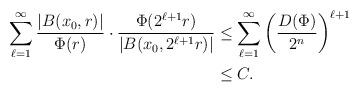
LaTeX: \begin{align*}\sum_{\ell=1}^\infty\frac{|B(x_0,r)|}{\Phi(r)}\cdot\frac{\Phi(2^{\ell+1}r)}{|B(x_0,2^{\ell+1}r)|}&\le\sum_{\ell=1}^\infty\left(\frac{D(\Phi)}{2^n}\right)^{\ell+1}\\&\le C.\end{align*}